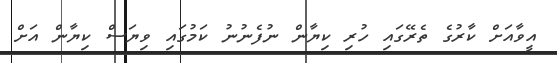
އީވާއަށް ކާރުގެ ތެރޭގައި ހުރި ކިޔާން ނުފެނުނު ކަމުގައި ވިޔަސް ކިޔާން އަށް